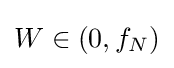
W\in (0,f_{N})